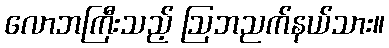
လောဘကြီးသည့် ဩဘညက်နယ်သား။